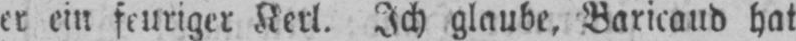
er ein feuriger Kerl. Ich glaube, Baricaud hat